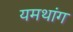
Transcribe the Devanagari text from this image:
यमथांग